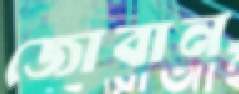
জোবান